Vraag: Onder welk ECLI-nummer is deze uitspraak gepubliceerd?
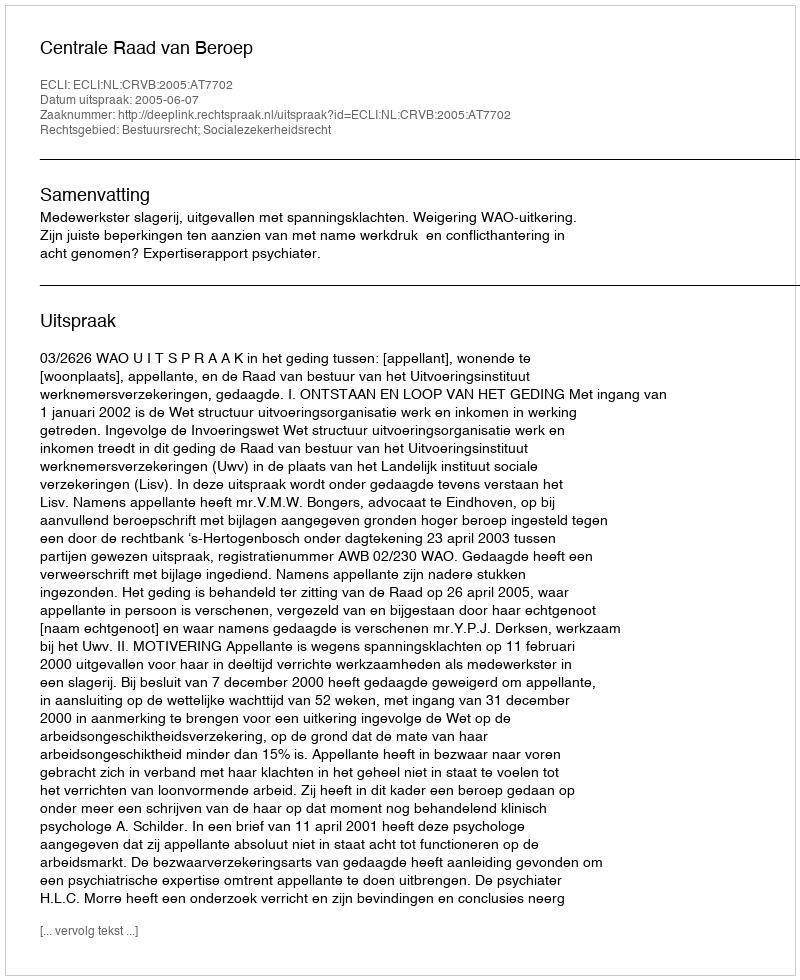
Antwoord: ECLI:NL:CRVB:2005:AT7702